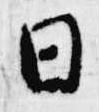
日